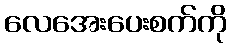
လေအေးပေးစက်ကို